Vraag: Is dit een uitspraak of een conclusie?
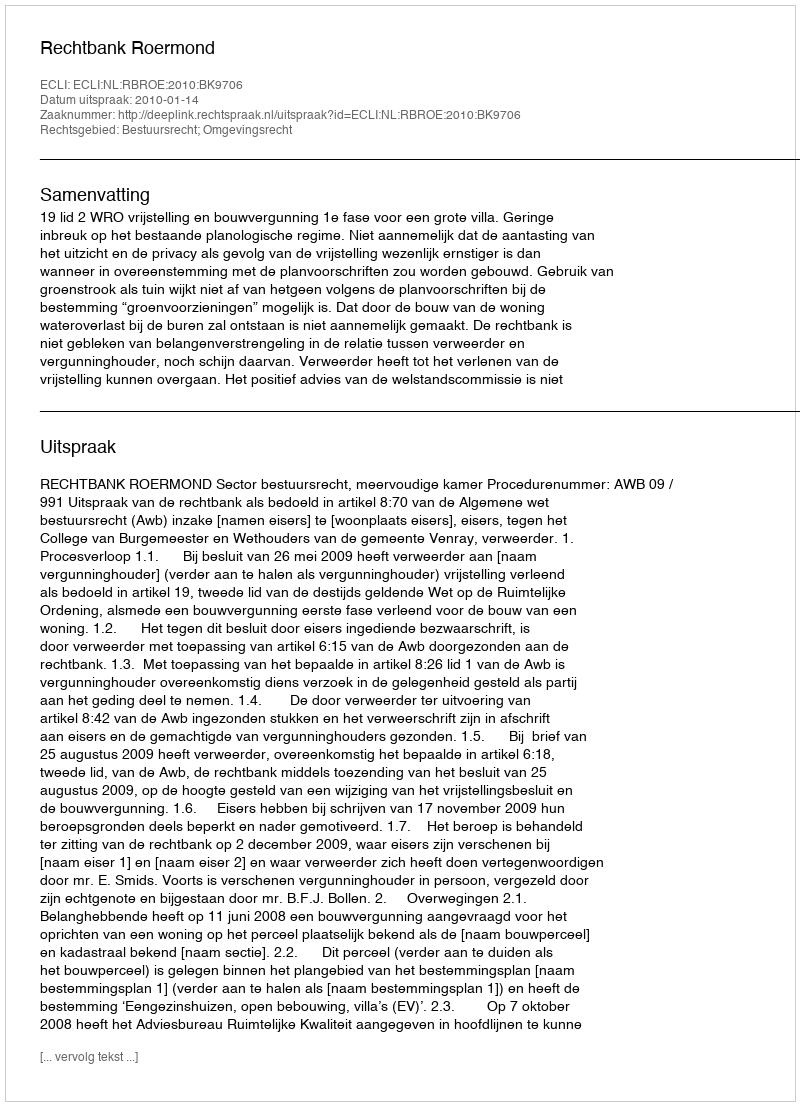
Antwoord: Uitspraak